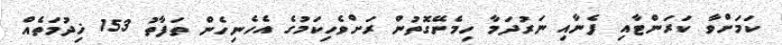
ކަމަށްވާ ކަރަންޓާއި ފެނާއި ނަރުދަމާ ހިމެނޭގޮތުން ރަށްވެހިކަމުގެ އެހެނިހެން ތަފާތު 153 ޚިދުމަތެއް